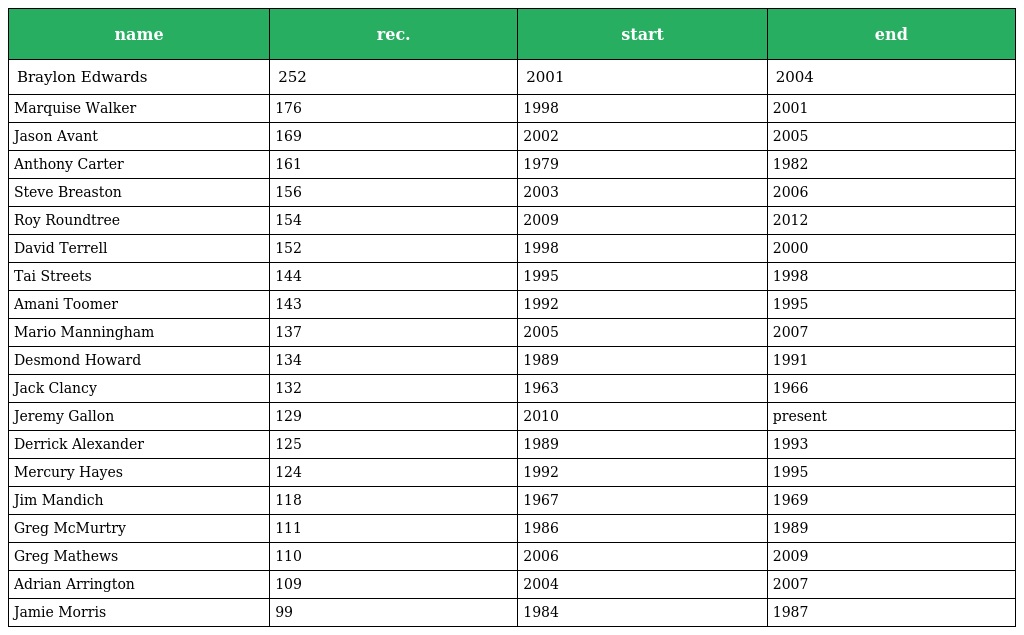
| name | rec. | start | end |
 | --- | --- | --- | --- |
 | Braylon Edwards | 252 | 2001 | 2004 |
 | Marquise Walker | 176 | 1998 | 2001 |
 | Jason Avant | 169 | 2002 | 2005 |
 | Anthony Carter | 161 | 1979 | 1982 |
 | Steve Breaston | 156 | 2003 | 2006 |
 | Roy Roundtree | 154 | 2009 | 2012 |
 | David Terrell | 152 | 1998 | 2000 |
 | Tai Streets | 144 | 1995 | 1998 |
 | Amani Toomer | 143 | 1992 | 1995 |
 | Mario Manningham | 137 | 2005 | 2007 |
 | Desmond Howard | 134 | 1989 | 1991 |
 | Jack Clancy | 132 | 1963 | 1966 |
 | Jeremy Gallon | 129 | 2010 | present |
 | Derrick Alexander | 125 | 1989 | 1993 |
 | Mercury Hayes | 124 | 1992 | 1995 |
 | Jim Mandich | 118 | 1967 | 1969 |
 | Greg McMurtry | 111 | 1986 | 1989 |
 | Greg Mathews | 110 | 2006 | 2009 |
 | Adrian Arrington | 109 | 2004 | 2007 |
 | Jamie Morris | 99 | 1984 | 1987 |